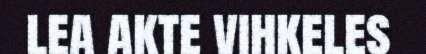
lea akte vihkeles